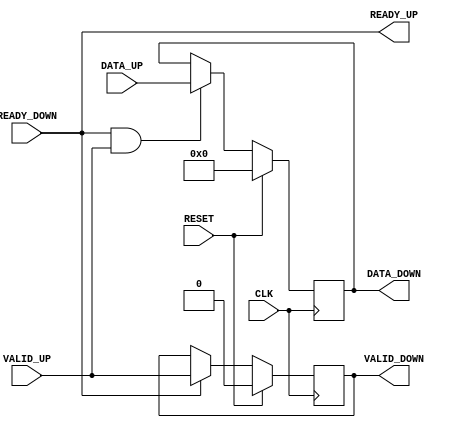
module Handshakes
        (
        CLK                                                                     ,
        RESET                                                                   ,
        VALID_UP                                                                ,
        READY_UP                                                                ,
        DATA_UP                                                                 ,
        VALID_DOWN                                                              ,
        READY_DOWN                                                              ,
        DATA_DOWN
        );
		  


//-----------------------------------------------------------------------------
parameter WIDTH            = 8                                                 ;

//-----------------------------------------------------------------------------
input                      CLK                                                  ;
input                      RESET                                                ;
input                      VALID_UP                                             ;
output                     READY_UP                                             ;
input  [WIDTH-1:0]         DATA_UP                                              ;
output                     VALID_DOWN                                           ;
input                      READY_DOWN                                           ;
output [WIDTH-1:0]         DATA_DOWN                                            ;

//-----------------------------------------------------------------------------
wire                       CLK                                                  ;
wire                       RESET                                                ;
wire                       VALID_UP                                             ;
wire                       READY_UP                                             ;
wire   [WIDTH-1:0]         DATA_UP                                              ;
//Down Stream
reg                        VALID_DOWN                                           ;
wire                       READY_DOWN                                           ;
reg    [WIDTH-1:0]         DATA_DOWN                                            ;

//-----------------------------------------------------------------------------
//Valid
always @(posedge CLK)////1slavevalid0 
if (RESET)  VALID_DOWN <= 1'b0                                                  ;                                                
else        VALID_DOWN <= READY_UP ? VALID_UP : VALID_DOWN                      ;
//slavemasterready_up=1 salvevalID_DOWN1
//RESET0//VALID_UPmaster


//Data
always @(posedge CLK)
if (RESET)  DATA_DOWN <= {WIDTH{1'd0}}                                          ;//10                                       
else        DATA_DOWN <= (READY_UP && VALID_UP) ? DATA_UP : DATA_DOWN           ;//

//assign READY_UP = READY_DOWN || ~VALID_DOWN                                     ;//READY_UPreaDY_DOWN=1

assign READY_UP = READY_DOWN                                                  ;//0

endmodule